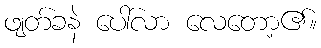
ဖျတ်ခနဲ ပေါ်လာ လေတော့၏။